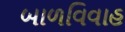
બાળવિવાહ